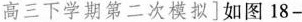
高三下学期第二次模拟]如图18—